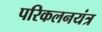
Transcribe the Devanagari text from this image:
परिकलनयंत्र